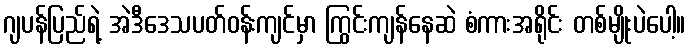
ဂျပန်ပြည်ရဲ့ အဲဒီဒေသပတ်ဝန်းကျင်မှာ ကြွင်းကျန်နေဆဲ စံကားအရိုင်း တစ်မျိုးပဲပေါ့။